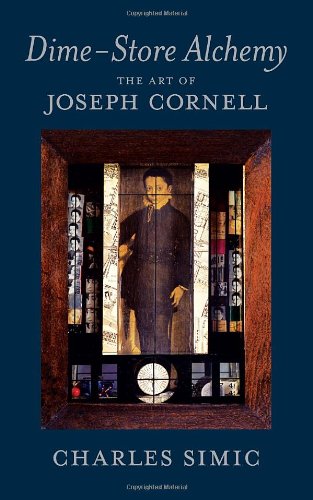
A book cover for Dime-Store Alchemy: The Art of Joseph Cornell (New York Review Books Classics); Charles Simic; Arts & Photography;